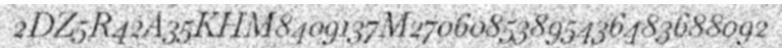
2DZ5R42A35KHM8409137M27060853895436483688092